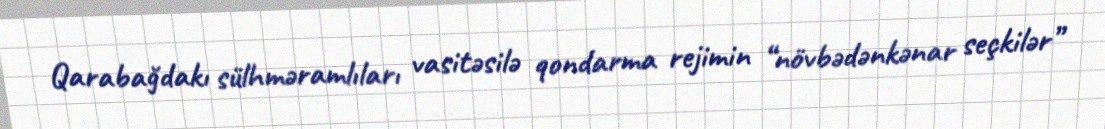
Qarabağdakı sülhməramlıları vasitəsilə qondarma rejimin “növbədənkənar seçkilər”